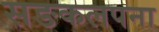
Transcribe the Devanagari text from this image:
सङकलपना